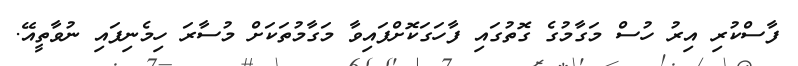
ފާސްކުރި އިރު ހުސް މަގާމުގެ ގޮތުގައި ފާހަގަކޮށްފައިވާ މަގާމުތަކަށް މުސާރަ ހިމެނިފައި ނުވާތީއޭ.